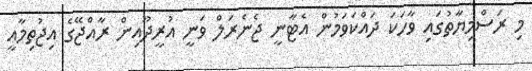
މި ރަސްމިޔާތުގައި ވާހަކަ ދައްކަވަމުން އެޓާނީ ޖެނެރަލް ވަނީ އުރީދޫއިން ރާއްޖޭގެ އިޖުތިމާއީ